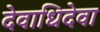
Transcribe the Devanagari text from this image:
देवाधिदेवा